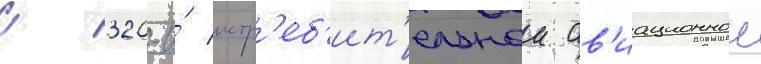
с 320-и́ истр'еб'ит'ельнои ав'иационнои